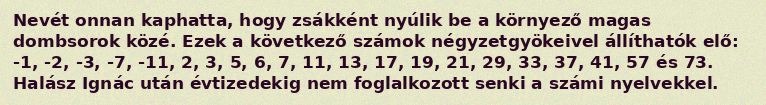
Nevét onnan kaphatta, hogy zsákként nyúlik be a környező magas dombsorok közé. Ezek a következő számok négyzetgyökeivel állíthatók elő: -1, -2, -3, -7, -11, 2, 3, 5, 6, 7, 11, 13, 17, 19, 21, 29, 33, 37, 41, 57 és 73. Halász Ignác után évtizedekig nem foglalkozott senki a számi nyelvekkel.